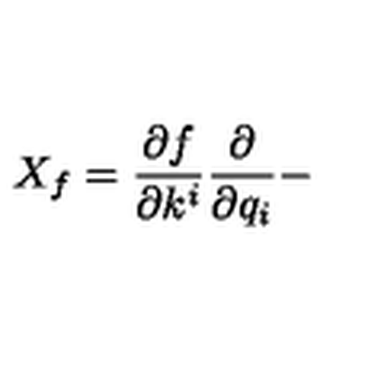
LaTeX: X _ { f } = \frac { \partial f } { \partial k ^ { i } } \frac { \partial } { \partial q _ { i } } -